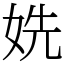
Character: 姺